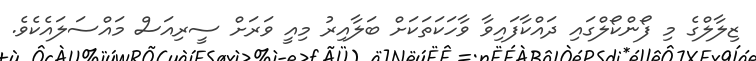
ޒިލާލްގެ މި ފޯންކޯލްގައި ދައްކާފައިވާ ވާހަކަތަކަށް ބަލާއިރު މިއީ ވަރަށް ސީރިއަސް މައްސަލައެކެވެ.